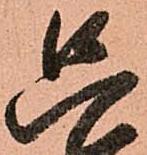
只